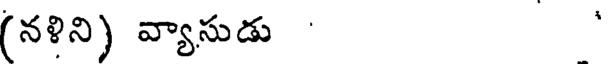
(నళిని) వ్యాసుడు